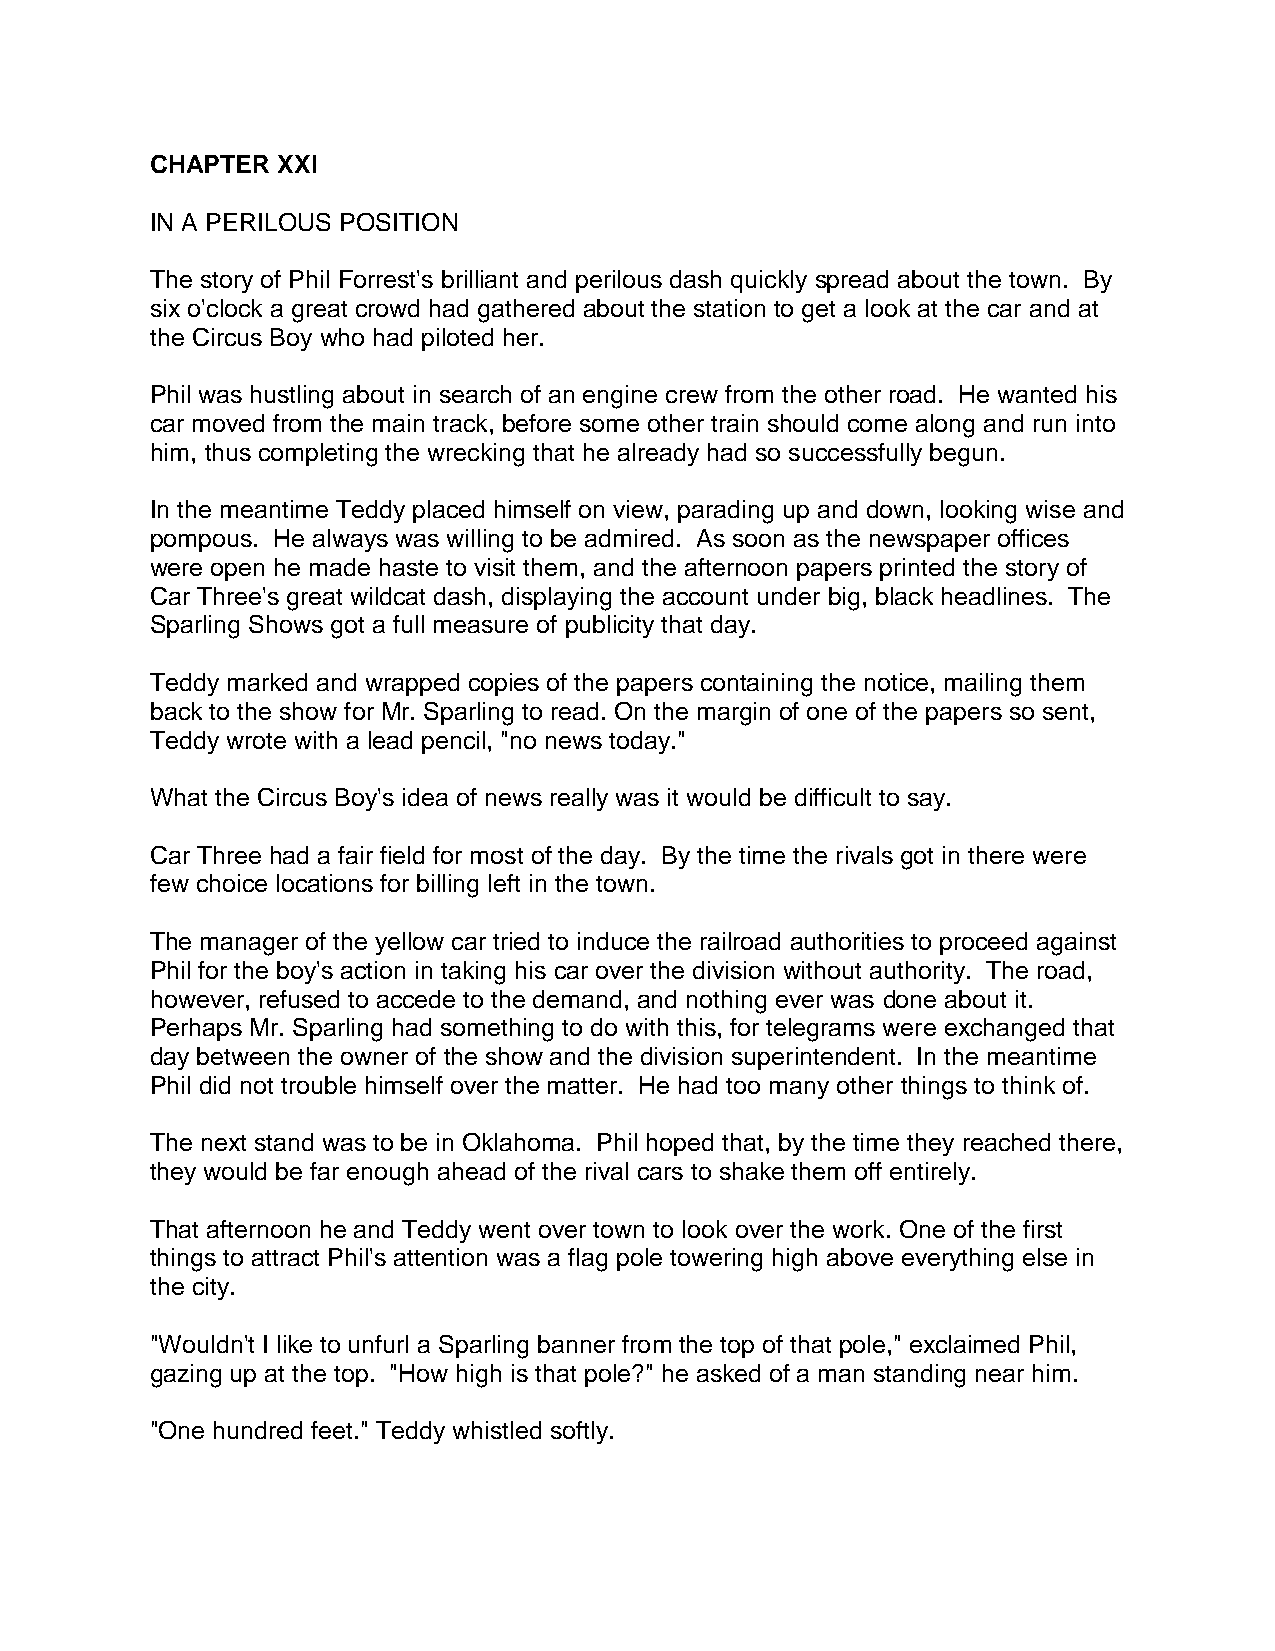
CHAPTER XXI
 IN A PERILOUS POSITION
 The story of Phil Forrest's brilliant and perilous dash quickly spread about the town. By
 six o'clock a great crowd had gathered about the station to get a look at the car and at
 the Circus Boy who had piloted her.
 Phil was hustling about in search of an engine crew from the other road. He wanted his
 car moved from the main track, before some other train should come along and run into
 him, thus completing the wrecking that he already had so successfully begun.
 In the meantime Teddy placed himself on view, parading up and down, looking wise and
 pompous. He always was willing to be admired. As soon as the newspaper offices
 were open he made haste to visit them, and the afternoon papers printed the story of
 Car Three's great wildcat dash, displaying the account under big, black headlines. The
 Sparling Shows got a full measure of publicity that day.
 Teddy marked and wrapped copies of the papers containing the notice, mailing them
 back to the show for Mr. Sparling to read. On the margin of one of the papers so sent,
 Teddy wrote with a lead pencil, "no news today."
 What the Circus Boy's idea of news really was it would be difficult to say.
 Car Three had a fair field for most of the day. By the time the rivals got in there were
 few choice locations for billing left in the town.
 The manager of the yellow car tried to induce the railroad authorities to proceed against
 Phil for the boy's action in taking his car over the division without authority. The road,
 however, refused to accede to the demand, and nothing ever was done about it.
 Perhaps Mr. Sparling had something to do with this, for telegrams were exchanged that
 day between the owner of the show and the division superintendent. In the meantime
 Phil did not trouble himself over the matter. He had too many other things to think of.
 The next stand was to be in Oklahoma. Phil hoped that, by the time they reached there,
 they would be far enough ahead of the rival cars to shake them off entirely.
 That afternoon he and Teddy went over town to look over the work. One of the first
 things to attract Phil's attention was a flag pole towering high above everything else in
 the city.
 "Wouldn't I like to unfurl a Sparling banner from the top of that pole," exclaimed Phil,
 gazing up at the top. "How high is that pole?" he asked of a man standing near him.
 "One hundred feet." Teddy whistled softly.